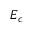
E _ { c }